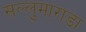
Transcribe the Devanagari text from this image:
सल्लुमाराडा